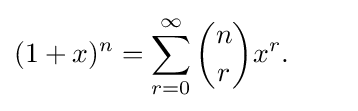
(1+x)^{n}=\sum _{r=0}^{\infty }{n \choose r}x^{r}.\qquad